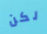
لكن